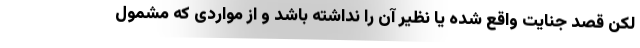
لکن قصد جنایت واقع شده یا نظیر آن را نداشته باشد و از مواردی که مشمول